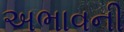
અભાવની